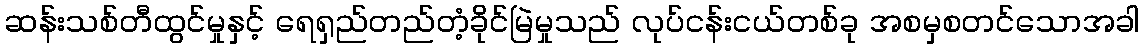
ဆန်းသစ်တီထွင်မှုနှင့် ရေရှည်တည်တံ့ခိုင်မြဲမှုသည် လုပ်ငန်းငယ်တစ်ခု အစမှစတင်သောအခါ